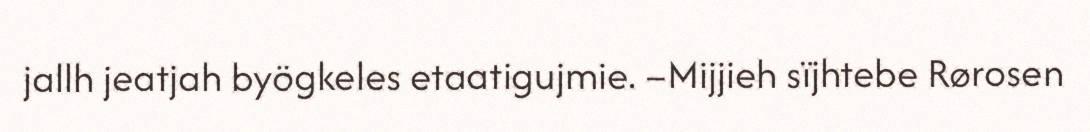
jallh jeatjah byögkeles etaatigujmie. –Mijjieh sïjhtebe Rørosen